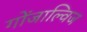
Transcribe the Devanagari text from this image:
गोंजाल्विज